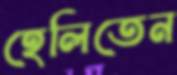
হেলিতেন